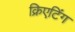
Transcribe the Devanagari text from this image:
क्रिएटिंग